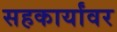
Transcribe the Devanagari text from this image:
सहकार्यांवर